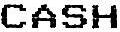
CASH